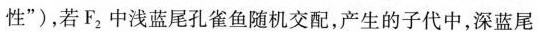
性”)，若F_{2}中浅蓝尾孔雀鱼随机交配，产生的子代中，深蓝尾